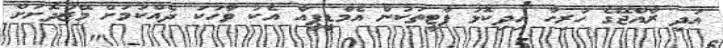
އަދި ރާއްޖޭގެ ހުރިހާ އިދިކޮޅު ޕާޓީތަކުން އެމްޑީޕީއާ އެކު ވާހަކަ ދެއްކުމަށް މޭޒުދޮށަށް